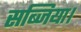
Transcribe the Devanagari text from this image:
सब्जिया।